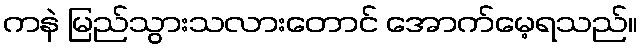
ကနဲ မြည်သွားသလားတောင် အောက်မေ့ရသည်။